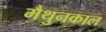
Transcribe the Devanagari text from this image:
मैथुनकाल